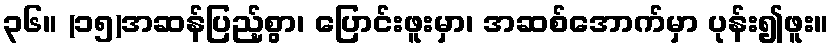
၃၆။ (၁၅)အဆန်ပြည့်စွာ၊ ပြောင်းဖူးမှာ၊ အဆစ်အောက်မှာ ပုန်း၍ဖူး။